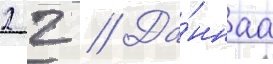
2 2 // Да́ннаа